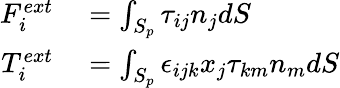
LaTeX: \begin{array}{rl}{F_{i}^{ext}}&{{}=\int_{S_{p}}\tau_{ij}n_{j}dS}\\ {T_{i}^{ext}}&{{}=\int_{S_{p}}\epsilon_{ijk}x_{j}\tau_{km}n_{m}dS}\end{array}